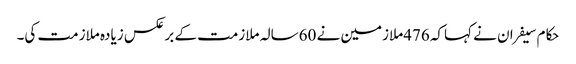
حکام سیفران نے کہاکہ 476ملازمین نے 60سالہ ملازمت کے برعکس زیادہ ملازمت کی۔